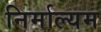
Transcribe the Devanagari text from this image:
निर्माल्यम